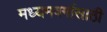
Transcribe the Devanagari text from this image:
मध्यमवर्गासाठी